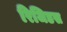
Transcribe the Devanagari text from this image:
रिजिडस